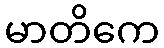
မာတိကေ